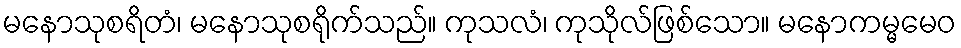
မနောသုစရိတံ၊ မနောသုစရိုက်သည်။ ကုသလံ၊ ကုသိုလ်ဖြစ်သော။ မနောကမ္မမေဝ